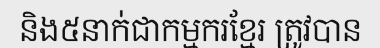
និង៥នាក់ជាកម្មករខ្មែរ ត្រូវបាន